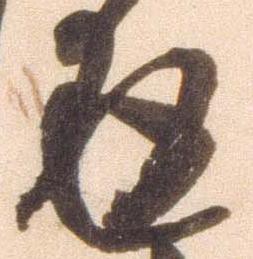
返